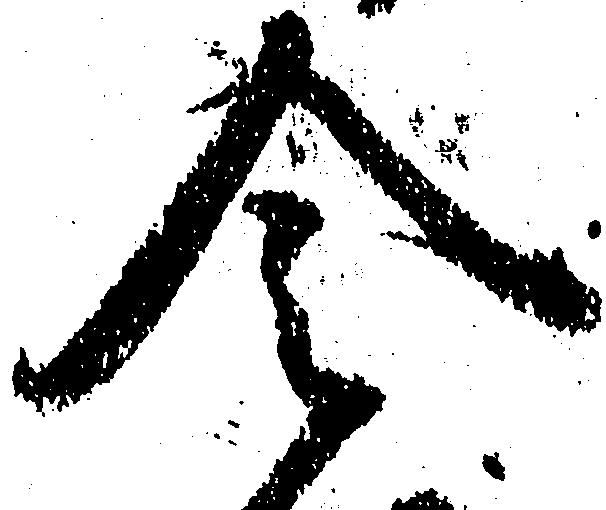
令